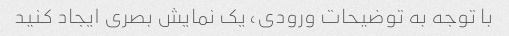
با توجه به توضیحات ورودی، یک نمایش بصری ایجاد کنید